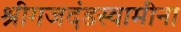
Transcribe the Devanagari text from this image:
श्रीगजदंडस्वामींना